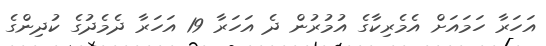
އަހަރާ ހަމައަށް އެމެރިކާގެ އުމުރުން ދެ އަހަރާ 19 އަހަރާ ދެމެދުގެ ކުދިންގެ